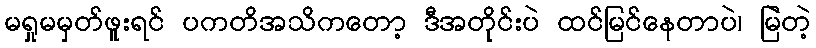
မရှုမမှတ်ဖူးရင် ပကတိအသိကတော့ ဒီအတိုင်းပဲ ထင်မြင်နေတာပဲ၊ မြဲတဲ့